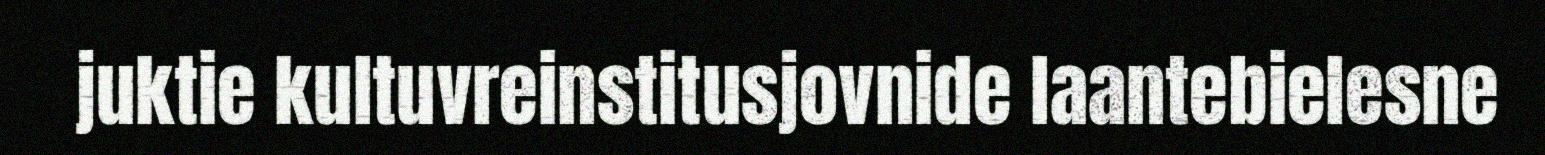
juktie kultuvreinstitusjovnide laantebielesne